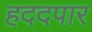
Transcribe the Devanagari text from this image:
हददपार